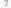
7